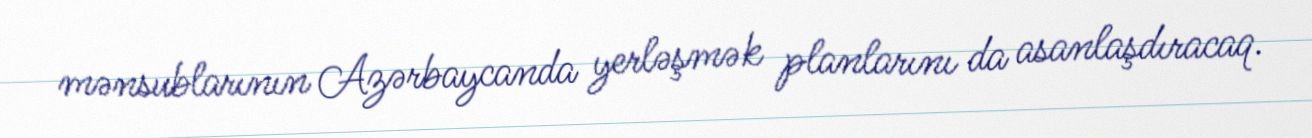
mənsublarının Azərbaycanda yerləşmək planlarını da asanlaşdıracaq.